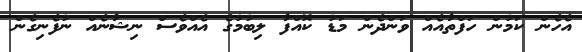
އެހެން ކަމުން ހަފްތާއެއް ވަންދެން މަޑު ކޮއްފާ ލިބުމުގެ އެއްވެސް ނިޝާނެއް ނުފެނިގެން